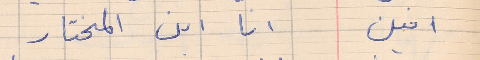
امين      انا ابن المختار